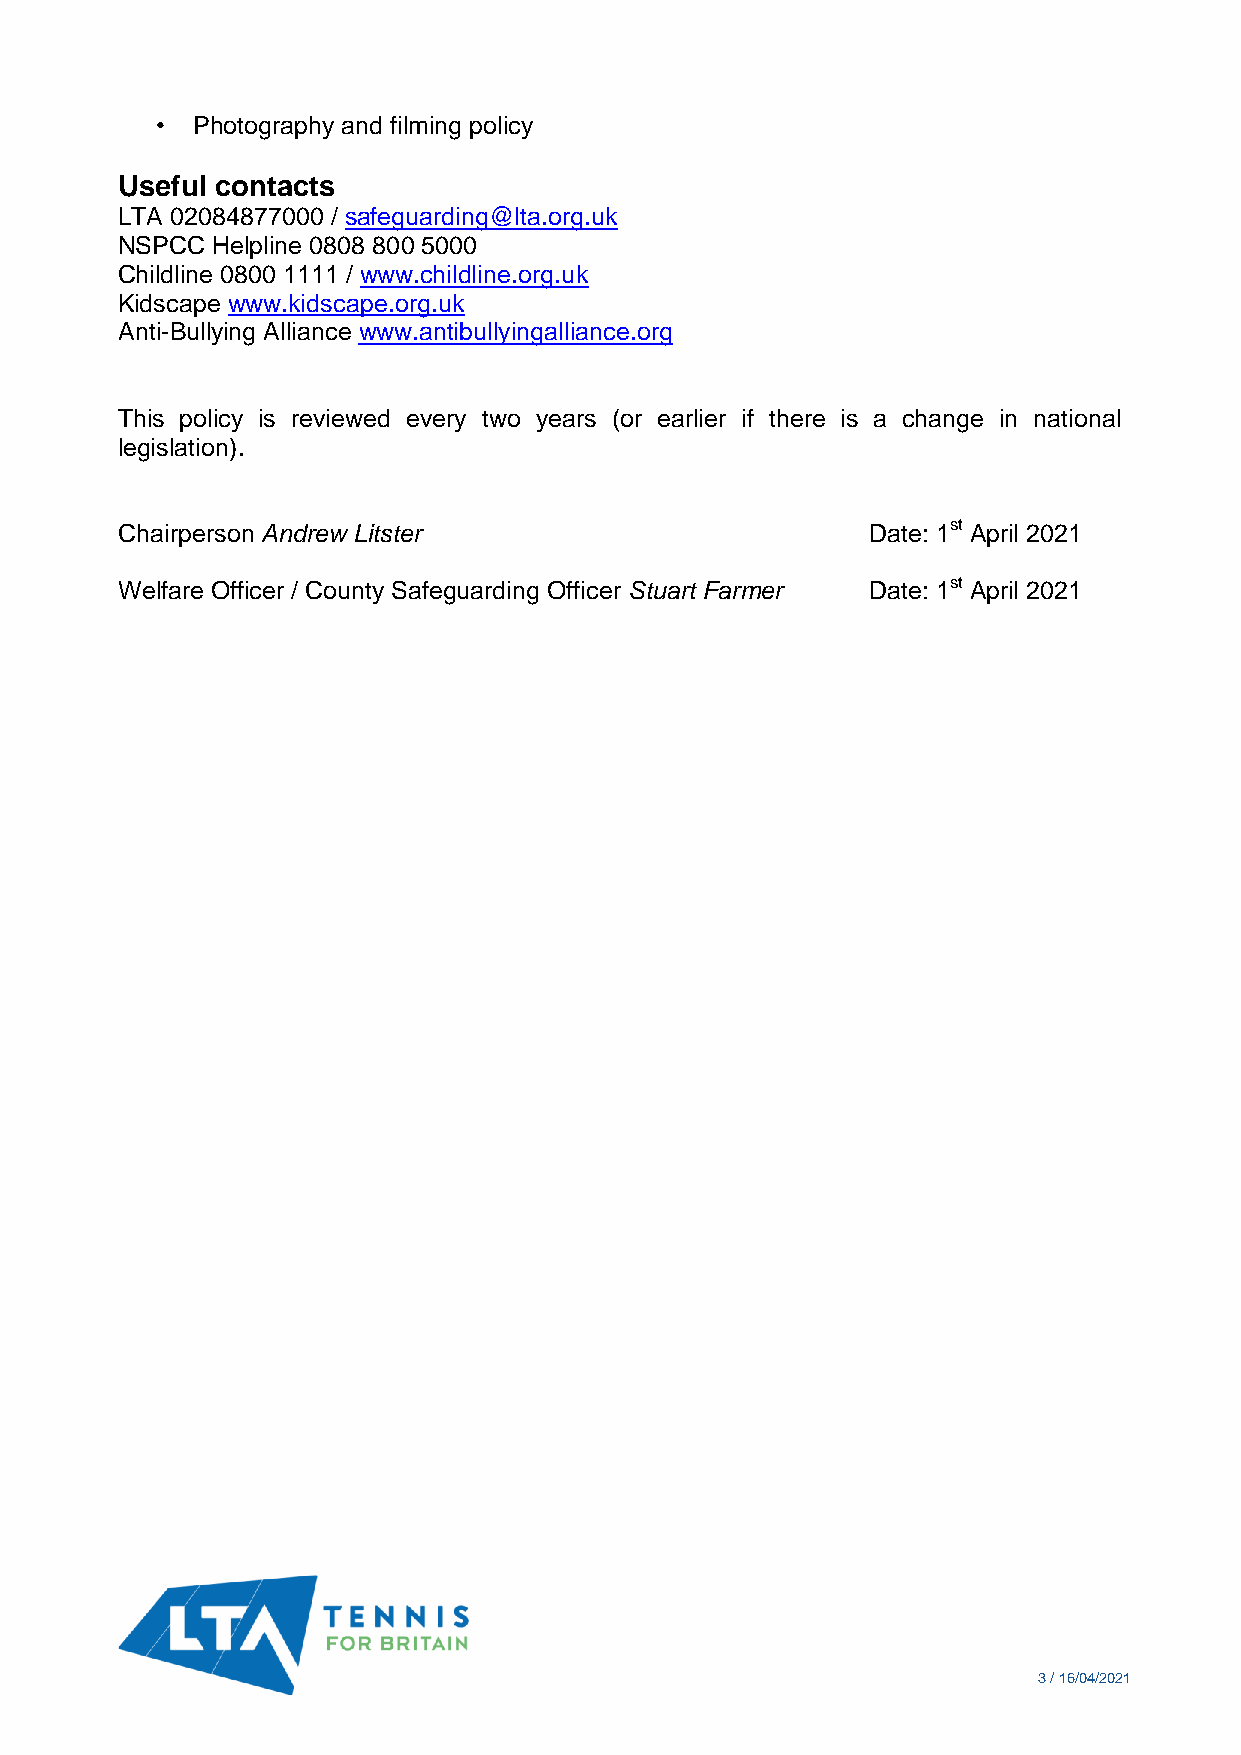
•  Photography and filming policy
 Useful contacts
 LTA 02084877000 / safeguarding@lta.org.uk
 NSPCC Helpline 0808 800 5000
 Childline 0800 1111 / www.childline.org.uk
 Kidscape www.kidscape.org.uk
 Anti-Bullying Alliance www.antibullyingalliance.org
 This policy is reviewed every two years (or earlier if there is a change in national
 legislation).
 Chairperson Andrew Litster                       Date: 1st April 2021
 Welfare Officer / County Safeguarding Officer Stuart Farmer Date: 1st April 2021
 3 / 16/04/2021